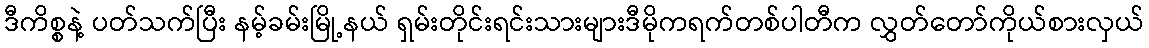
ဒီကိစ္စနဲ့ ပတ်သက်ပြီး နမ့်ခမ်းမြို့နယ် ရှမ်းတိုင်းရင်းသားများဒီမိုကရက်တစ်ပါတီက လွှတ်တော်ကိုယ်စားလှယ်